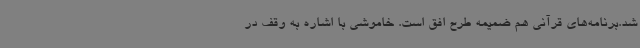
شد.برنامه‌های قرآنی هم ضمیمه طرح افق است. خاموشی با اشاره به وقف در